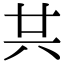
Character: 𠔏